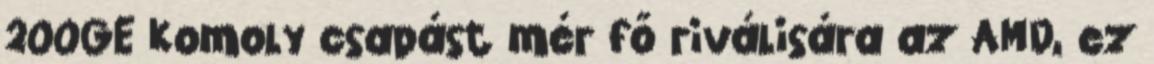
200GE Komoly csapást mér fő riválisára az AMD, ez